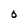
Character: 0